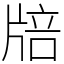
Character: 𤗏